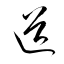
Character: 逧